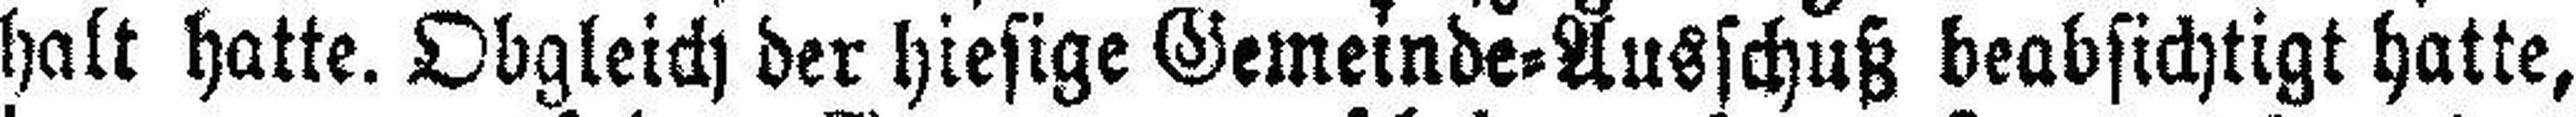
halt hatte. Obgleich der hiesige Gemeinde=Ausschuß beabsichtigt hatte,